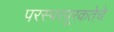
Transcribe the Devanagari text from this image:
परस्परपूरकतेचे